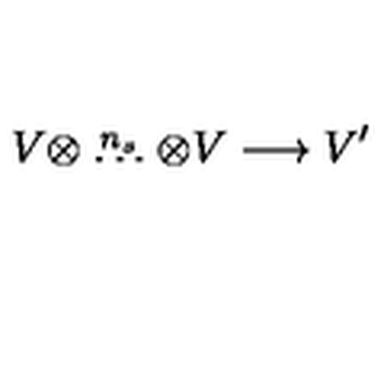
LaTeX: V \otimes \stackrel { n _ { s } } { \ldots } \otimes V \longrightarrow V ^ { \prime }